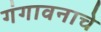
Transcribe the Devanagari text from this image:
गंगावनाचे